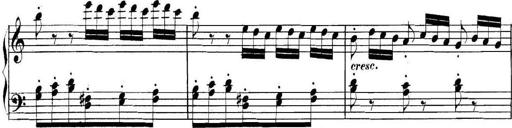
Title: Collected Piano Sonatas
Composer: Muzio Clementi